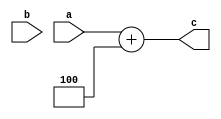
`timescale 1ns / 1ps
//////////////////////////////////////////////////////////////////////////////////
// Company: 
// Engineer: 
// 
// Design Name: 
// Module Name:    add_32_4 
// Project Name: 
// Target Devices: 
// Tool versions: 
// Description: 
//
// Dependencies: 
//
// Revision: 
// Revision 0.01 - File Created
// Additional Comments: 
//
//////////////////////////////////////////////////////////////////////////////////
module add_32_4(input[31:0] a, 
				  input[31:0] b, 
				  output[31:0]c
    );
	
	assign c[31:0] = a[31:0] + 4;
	

endmodule